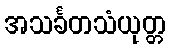
အသင်္ခတသံယုတ္တ